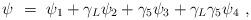
LaTeX: \begin{align*}\psi\ =\ \psi_1+\gamma_L\psi_2+\gamma_5\psi_3+\gamma_L\gamma_5\psi_4\ ,\end{align*}